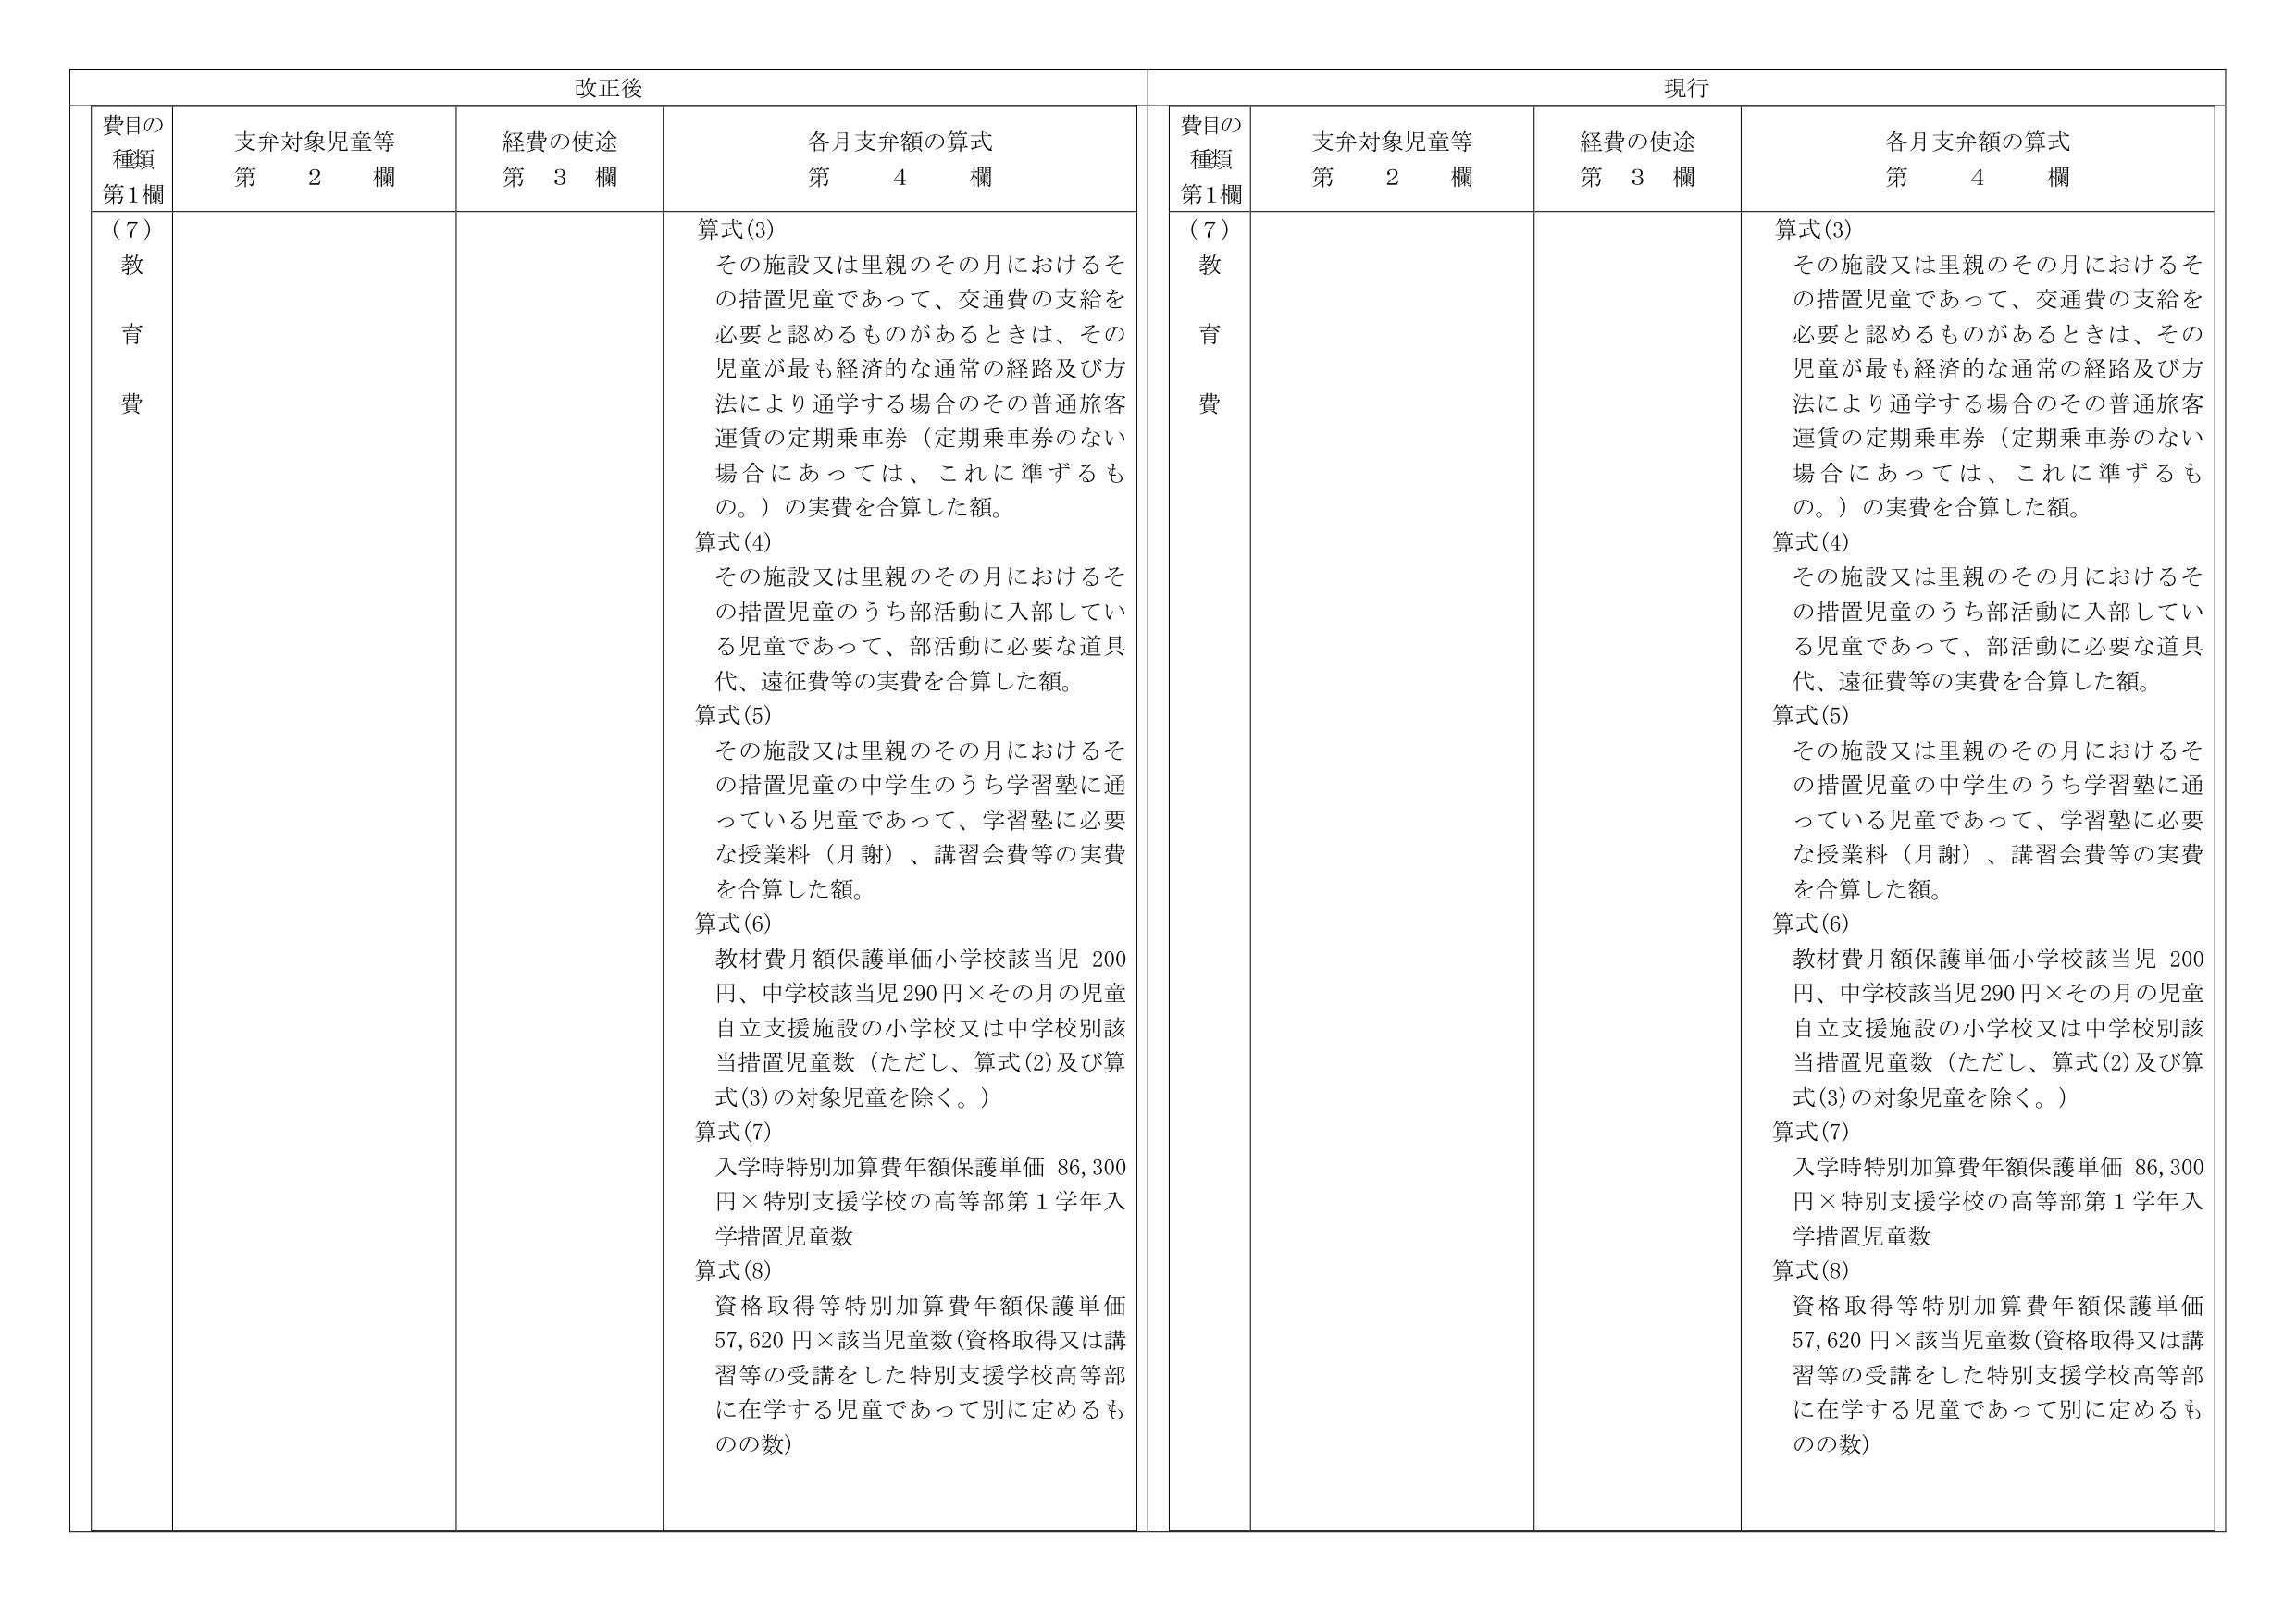
改正後

費目の
種類
第1欄

支弁対象児童等
第　2　欄

経費の使途
第　3　欄

各月支弁額の算式
第　4　欄

（７）
教
育
費

算式(3)
その施設又は里親のその月におけるその措置児童であって、交通費の支給を必要と認めるものがあるときは、その児童が最も経済的な通常の経路及び方法により通学する場合のその普通旅客運賃の定期乗車券（定期乗車券のない場合にあっては、これに準ずるもの。）の実費を合算した額。
算式(4)
その施設又は里親のその月におけるその措置児童のうち部活動に入部している児童であって、部活動に必要な道具代、遠征費等の実費を合算した額。
算式(5)
その施設又は里親のその月におけるその措置児童の中学生のうち学習塾に通っている児童であって、学習塾に必要な授業料（月謝）、講習会費等の実費を合算した額。
算式(6)
教材費月額保護単価小学校該当児 200円、中学校該当児290円×その月の児童自立支援施設の小学校又は中学校別該当措置児童数（ただし、算式(2)及び算式(3)の対象児童を除く。）
算式(7)
入学時特別加算費年額保護単価 86,300円×特別支援学校の高等部第1学年入学措置児童数
算式(8)
資格取得等特別加算費年額保護単価 57,620円×該当児童数(資格取得又は講習等の受講をした特別支援学校高等部に在学する児童であって別に定めるものの数)

現行

費目の
種類
第1欄

支弁対象児童等
第　2　欄

経費の使途
第　3　欄

各月支弁額の算式
第　4　欄

（７）
教
育
費

算式(3)
その施設又は里親のその月におけるその措置児童であって、交通費の支給を必要と認めるものがあるときは、その児童が最も経済的な通常の経路及び方法により通学する場合のその普通旅客運賃の定期乗車券（定期乗車券のない場合にあっては、これに準ずるもの。）の実費を合算した額。
算式(4)
その施設又は里親のその月におけるその措置児童のうち部活動に入部している児童であって、部活動に必要な道具代、遠征費等の実費を合算した額。
算式(5)
その施設又は里親のその月におけるその措置児童の中学生のうち学習塾に通っている児童であって、学習塾に必要な授業料（月謝）、講習会費等の実費を合算した額。
算式(6)
教材費月額保護単価小学校該当児 200円、中学校該当児290円×その月の児童自立支援施設の小学校又は中学校別該当措置児童数（ただし、算式(2)及び算式(3)の対象児童を除く。）
算式(7)
入学時特別加算費年額保護単価 86,300円×特別支援学校の高等部第1学年入学措置児童数
算式(8)
資格取得等特別加算費年額保護単価 57,620円×該当児童数(資格取得又は講習等の受講をした特別支援学校高等部に在学する児童であって別に定めるものの数)